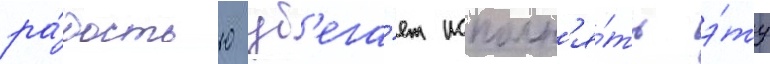
ра́достью уб'ега́ет исполн'я́ть э́ту